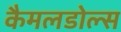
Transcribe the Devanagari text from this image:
कैमलडोल्स